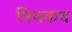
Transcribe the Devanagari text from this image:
मिथकच